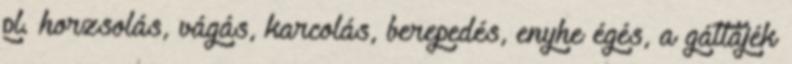
pl. horzsolás, vágás, karcolás, berepedés, enyhe égés, a gáttájék